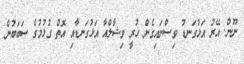
ނޫން. އޭރު އަޅުގަނޑު ވިސްނައިގެން ހުރީ ވިޝާލްއާ އަޅުގަނޑާއި އޮތް ގުޅުމުގެ ސަބަބުން